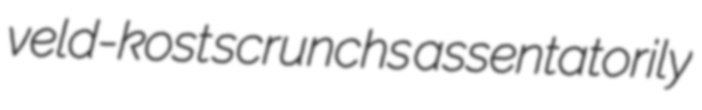
veld-kost scrunchs assentatorily